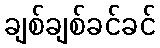
ချစ်ချစ်ခင်ခင်